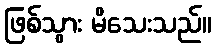
ဖြစ်သွား မိသေးသည်။